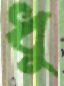
ধু